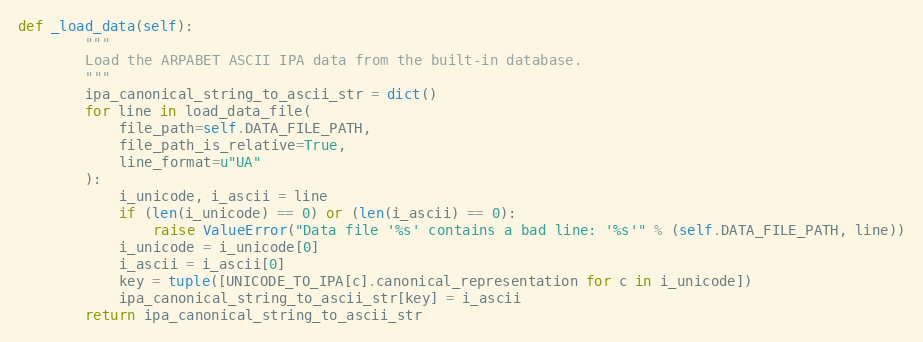
Language: Python
def _load_data(self):
        """
        Load the ARPABET ASCII IPA data from the built-in database.
        """
        ipa_canonical_string_to_ascii_str = dict()
        for line in load_data_file(
            file_path=self.DATA_FILE_PATH,
            file_path_is_relative=True,
            line_format=u"UA"
        ):
            i_unicode, i_ascii = line
            if (len(i_unicode) == 0) or (len(i_ascii) == 0):
                raise ValueError("Data file '%s' contains a bad line: '%s'" % (self.DATA_FILE_PATH, line))
            i_unicode = i_unicode[0]
            i_ascii = i_ascii[0]
            key = tuple([UNICODE_TO_IPA[c].canonical_representation for c in i_unicode])
            ipa_canonical_string_to_ascii_str[key] = i_ascii
        return ipa_canonical_string_to_ascii_str